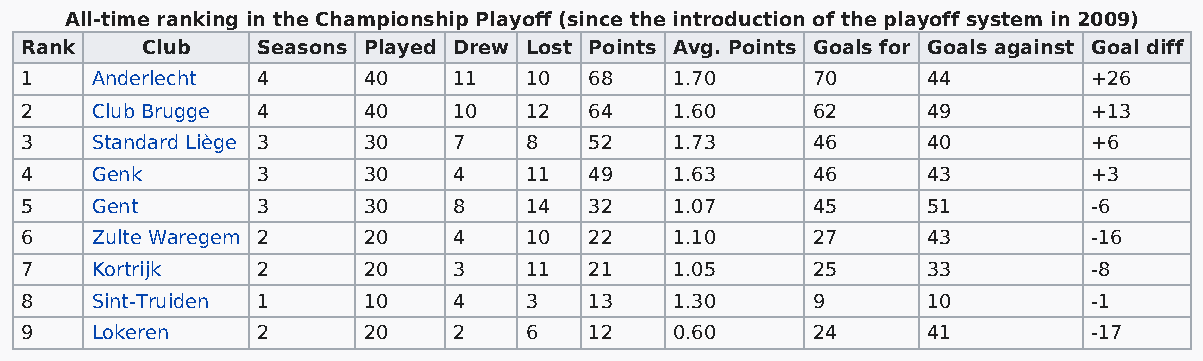
All-time ranking in the Championship Playoff (since the introduction of the playoff system in 2009)
 Rank    Club    Seasons Played Drew Lost Points Avg. Points Goals for Goals against Goal diff
 1    Anderlecht 4      40    11   10  68    1.70     70     44         +26
 2    Club Brugge 4     40    10   12  64    1.60     62     49         +13
 3    Standard Liège 3  30    7    8   52    1.73     46     40         +6
 4    Genk       3      30    4    11  49    1.63     46     43         +3
 5    Gent       3      30    8    14  32    1.07     45     51         -6
 6    Zulte Waregem 2   20    4    10  22    1.10     27     43         -16
 7    Kortrijk   2      20    3    11  21    1.05     25     33         -8
 8    Sint-Truiden 1    10    4    3   13    1.30     9      10         -1
 9    Lokeren    2      20    2    6   12    0.60     24     41         -17